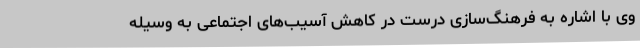
وی با اشاره به فرهنگ‌سازی درست در کاهش آسیب‌های اجتماعی به وسیله